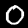
Digit: 0